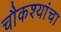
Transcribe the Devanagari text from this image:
चौकश्यांचा